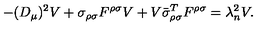
- ( D _ { \mu } ) ^ { 2 } V + \sigma _ { \rho \sigma } F ^ { \rho \sigma } V + V \bar { \sigma } _ { \rho \sigma } ^ { T } F ^ { \rho \sigma } = \lambda _ { n } ^ { 2 } V .